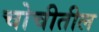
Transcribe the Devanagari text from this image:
चोचीतील